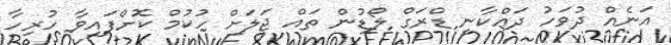
އަނެއް ދުވަހު ދައްކާނީ ޑްރަގް ލޯޑުން ތައް ޖަލަށް ހުކުމް ކޮށްފައިވާ ހުރިހާ